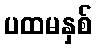
ပထမနှစ်